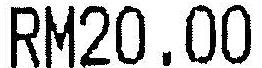
RM20.00